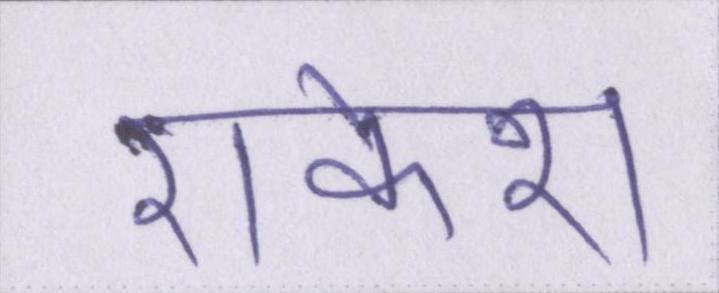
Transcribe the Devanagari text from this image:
राकेश